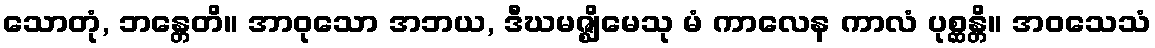
သောတုံ, ဘန္တေတိ။ အာဝုသော အဘယ, ဒီဃမဇ္ဈိမေသု မံ ကာလေန ကာလံ ပုစ္ဆန္တိ။ အဝသေသံ